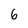
Character: 6